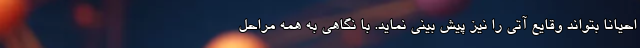
احیانا بتواند وقایع آتی را نیز پیش بینی نماید. با نگاهی به همه مراحل